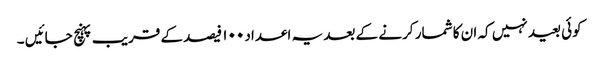
کوئی بعید نہیں کہ ان کا شمار کرنے کے بعد یہ اعداد ۱۰۰ فیصد کے قریب پہنچ جائیں ۔